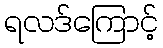
ရလဒ်ကြောင့်